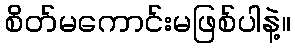
စိတ်မကောင်းမဖြစ်ပါနဲ့။